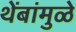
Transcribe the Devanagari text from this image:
थेंबांमुळे